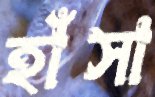
হাঁসা